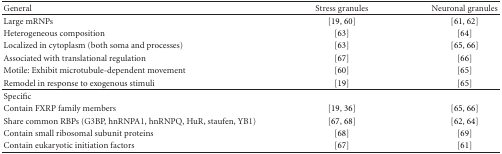
<table><thead><tr><td><b>General</b></td><td><b>Stress granules</b></td><td><b>Neuronal granules</b></td></tr></thead><tbody><tr><td>Large mRNPs</td><td>[19, 60]</td><td>[61, 62]</td></tr><tr><td>Heterogeneous composition</td><td>[63]</td><td>[64]</td></tr><tr><td>Localized in cytoplasm (both soma and processes)</td><td>[63]</td><td>[65, 66]</td></tr><tr><td>Associated with translational regulation</td><td>[67]</td><td>[66]</td></tr><tr><td>Motile: Exhibit microtubule-dependent movement</td><td> [60]</td><td> [65]</td></tr><tr><td>Remodel in response to exogenous stimuli</td><td>[19]</td><td> [65] </td></tr><tr><td>Specific</td><td> </td><td> </td></tr><tr><td>Contain FXRP family members</td><td>[19, 36]</td><td>[65, 66]</td></tr><tr><td>Share common RBPs (G3BP, hnRNPA1, hnRNPQ, HuR, staufen, YB1)</td><td>[67, 68]</td><td>[62, 64]</td></tr><tr><td>Contain small ribosomal subunit proteins</td><td> [68]</td><td> [69]</td></tr><tr><td>Contain eukaryotic initiation factors</td><td>[67]</td><td>[61]</td></tr></tbody></table>